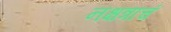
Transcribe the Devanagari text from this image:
नक्षत्राचं